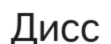
Дисс